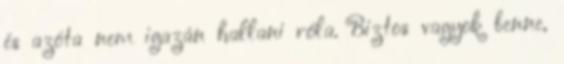
és azóta nem igazán hallani róla. Biztos vagyok benne,